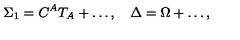
\Sigma _ { 1 } = C ^ { A } T _ { A } + \ldots , \quad \Delta = \Omega + \ldots ,